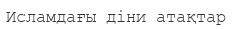
Исламдағы діни атақтар